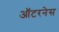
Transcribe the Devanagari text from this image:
ऑटरनेस